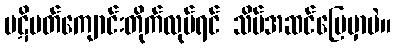
ပဋိပတ်ကျောင်းတိုက်လုပ်ရင် သိပ်အဆင်ပြေမှာပဲ။